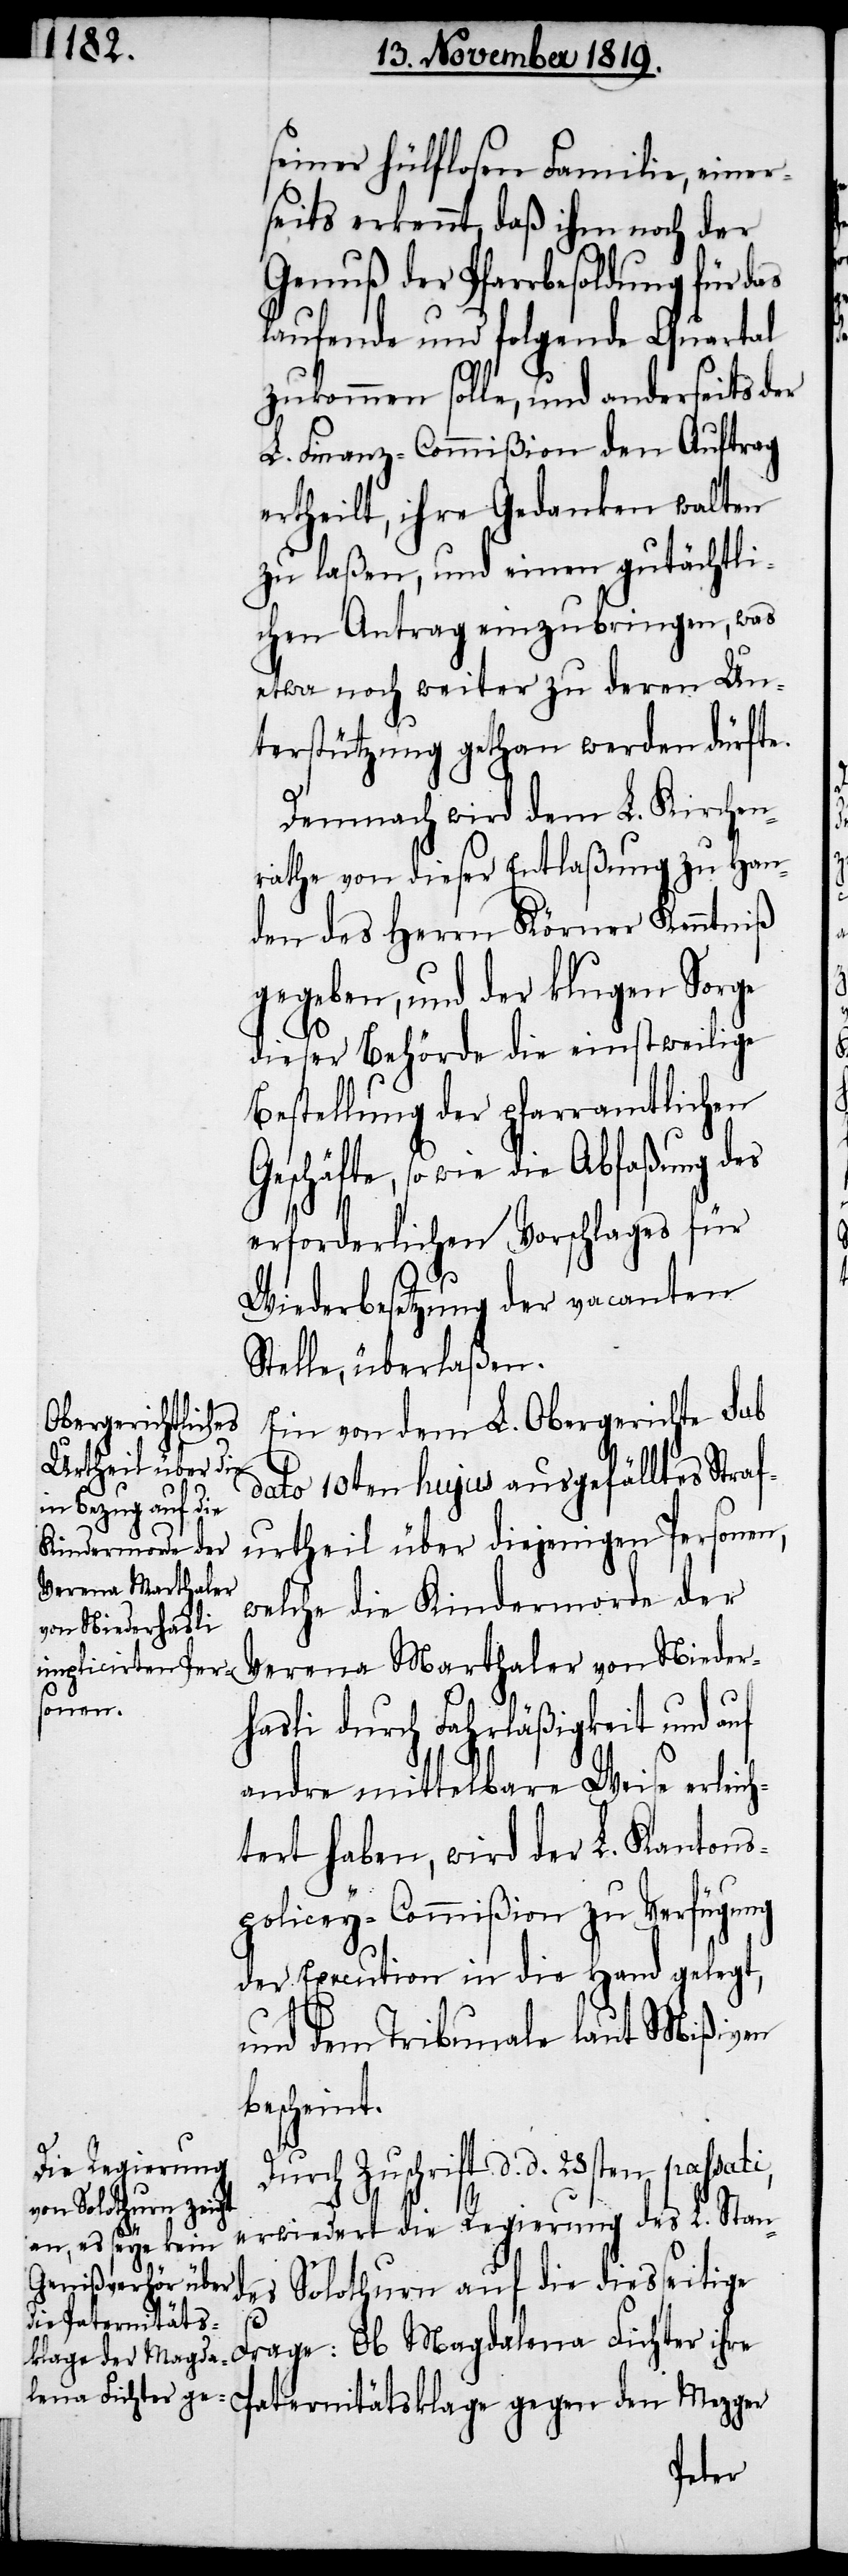
seiner hülflosen Familie, einer¬
seits erkennt, daß ihm noch der
Genuß der Pfarrbesoldung für das
laufende und folgende Quartal
zukommen solle, und anderseits der
L. Finanz-Commißion den Auftrag
ertheilt, ihre Gedanken walten
zu laßen, und einen gutächtli¬
chen Antrag einzubringen, was
etwa noch weiter zu deren Un¬
terstützung gethan werden dürfte.
Demnach wird dem L. Kirchen¬
rathe von dieser Entlaßung zu Han¬
den des Herrn Körner Kenntniß
gegeben, und der klugen Sorge
dieser Behörde die einstweilige
Bestellung der pfarramtlichen
Geschäfte, so wie die Abfaßung des
erforderlichen Vorschlages für
Wiederbesetzung der vacanten
Stelle, überlaßen.
Ein von dem L. Obergerichte sub
dato 10ten hujus ausgefälltes Straf¬
urtheil über diejenigen Personen,
welche die Kindermorde der
Verena Marthaler von Nieder¬
hasli durch Fahrläßigkeit und auf
andre mittelbare Weise erleic¬
tert haben, wird der L. Kantons¬
policey-Commißion zu Verfügung
der Execution in die Hand gelegt,
i,
und dem Tribunale laut Mißiven
bescheint.
Zuschrift d. d. 23sten passat¬
erwiedert die Regierung des L. Stand¬
es Solothurn auf die diesseitige
Frage: Ob Magdalena Fichter ihre
Paternitätsklage gegen den Mezger